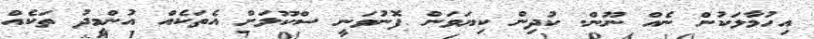
އިހުމާލަކުން ނެއް ނޫން. ކުދިން ކިޔަވަން ފޮނުވަނީ ސްކޫލަށް އެތަކެއް އުންމީދު ތަކެއް